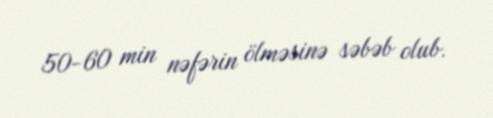
50-60 min nəfərin ölməsinə səbəb olub.